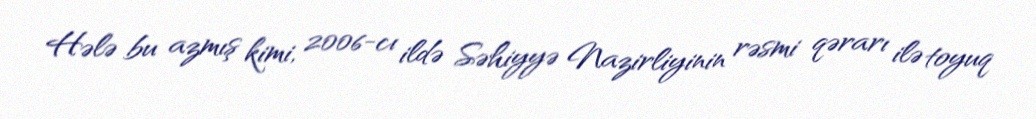
Hələ bu azmış kimi, 2006-cı ildə Səhiyyə Nazirliyinin rəsmi qərarı ilə toyuq